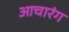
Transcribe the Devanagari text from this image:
आचारंग